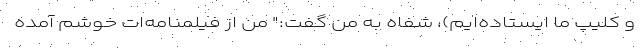
و کلیپ ما ایستاده‌ایم)، شفاه به من گفت:" من از فیلمنامه‌ات خوشم آمده